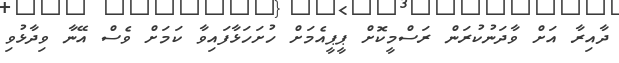
ދާއިރާ އަށް ވާދަނުކުރަން ރަސްމީކޮށް ޕީޕީއެމަށް ހުށަހަޅާފައިވާ ކަމަށް ވެސް އޭނާ ވިދާޅުވި